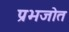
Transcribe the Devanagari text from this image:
प्रभजोत